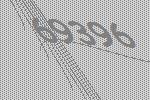
69396